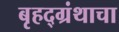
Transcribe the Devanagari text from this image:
बृहद्ग्रंथाचा